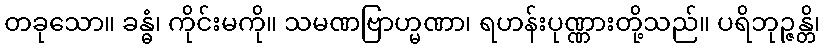
တခုသော။ ခန္ဓံ၊ ကိုင်းမကို။ သမဏဗြာဟ္မဏာ၊ ရဟန်းပုဏ္ဏားတို့သည်။ ပရိဘုဉ္ဇန္တိ၊